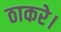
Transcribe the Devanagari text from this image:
ठाकरे।